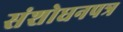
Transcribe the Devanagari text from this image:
संशोधनपत्र